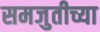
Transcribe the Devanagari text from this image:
समजुतीच्या